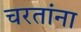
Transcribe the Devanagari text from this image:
चरतांना